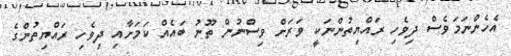
އެހެންނަމަވެސް ދިވެހި ރައްޔިތުންނަކީ ވަރަށް ވިސްނުން ތޫނު ބައެއް ކަމަށާއި ދިވެހި ރައްޔިތުންގެ